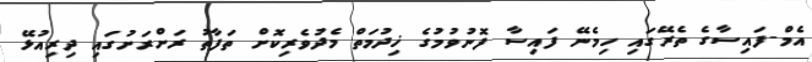
އެމް-ފައިސާގެ ތެރޭގައި ހިމެނޭ ފައިސާ ފޮނުވުމުގެ ޚިދުމަތް މެދުވެރިކޮށް ތަފާތު ރަށްރަށުގައި ދިރިއުޅޭ